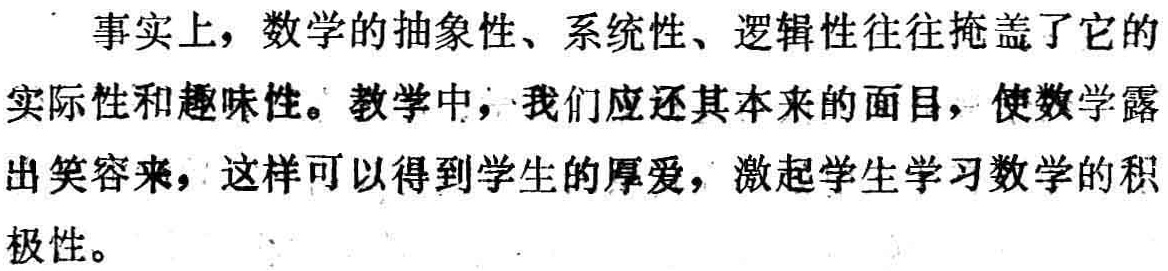
事实上，数学的抽象性、系统性、逻辑性往往掩盖了它的实际性和趣味性。教学中，我们应还其本来的面目，使数学露出笑容来，这样可以得到学生的厚爱，激起学生学习数学的积极性。